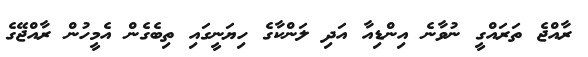
ރާއްޖެ ތަރަައްގީ ނުވާނެ އިންޑިއާ އަދި ލަންކާގެ ހިޔަނީގައި ތިބެގެން އެމީހުން ރާއްޖޭގެ